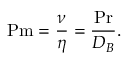
\ensuremath { \mathrm { P m } } = \frac { \nu } { \eta } = \frac { \ensuremath { \mathrm { P r } } } { D _ { B } } .